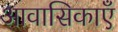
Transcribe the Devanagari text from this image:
आवासिकाएँ